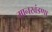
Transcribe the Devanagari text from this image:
मानखंडणा